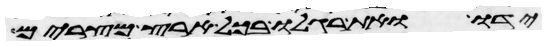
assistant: ידו ואת רגלו בכל ארץ מצרים